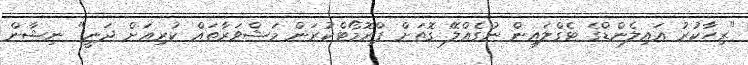
"ރިހާކުރު އައިލެންޑްގެ ޓެގްލައިން ނުގެއްލޭ ގޮތަށް ޕްރޮމޯޓްކުރަން މަޝްވަރާތައް ކުރިއަށް ދަނީ" ނިޝާން